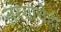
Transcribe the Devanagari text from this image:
तरंगाचेही